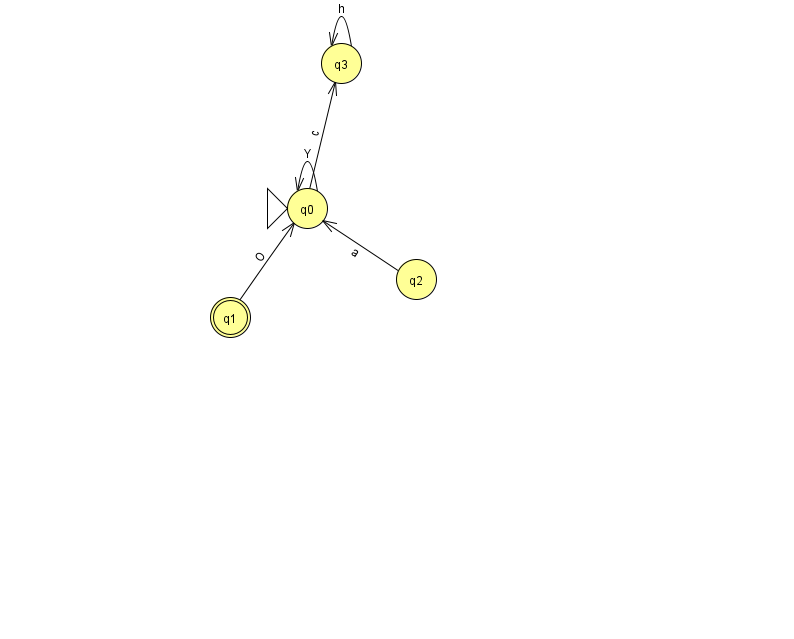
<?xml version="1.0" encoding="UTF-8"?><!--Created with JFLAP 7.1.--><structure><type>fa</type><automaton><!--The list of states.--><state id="0" name="q0"><x>307.0</x><y>195.0</y><initial/></state><state id="1" name="q1"><x>230.0</x><y>304.0</y><final/></state><state id="2" name="q2"><x>416.0</x><y>266.0</y></state><state id="3" name="q3"><x>341.0</x><y>50.0</y></state><!--The list of transitions.--><transition><from>0</from><to>3</to><read>c</read></transition><transition><from>1</from><to>0</to><read>O</read></transition><transition><from>3</from><to>3</to><read>h</read></transition><transition><from>0</from><to>0</to><read>Y</read></transition><transition><from>2</from><to>0</to><read>a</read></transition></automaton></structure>